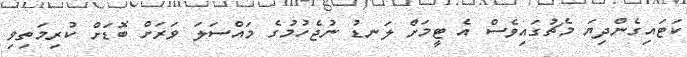
ކަޓައިގެންދިޔަ މެޗުގައިވެސް އެ ޓީމަށް ލަނޑު ނުޖެހުމުގެ މައްސަލަ ވަރަށް ބޮޑަށް ކުރިމަތިވި